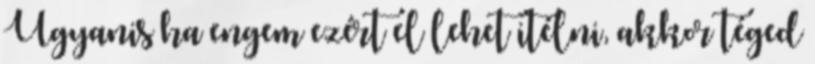
Ugyanis ha engem ezért el lehet itélni, akkor téged